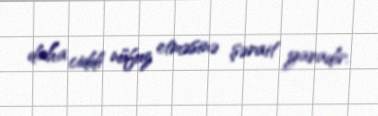
daha ciddi nüfuz etməsinə şərait yaradır.